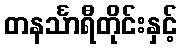
တနင်္သာရီတိုင်းနှင့်